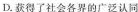
D. 获得了社会各界的广泛认同